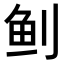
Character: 𬶀